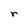
Character: r